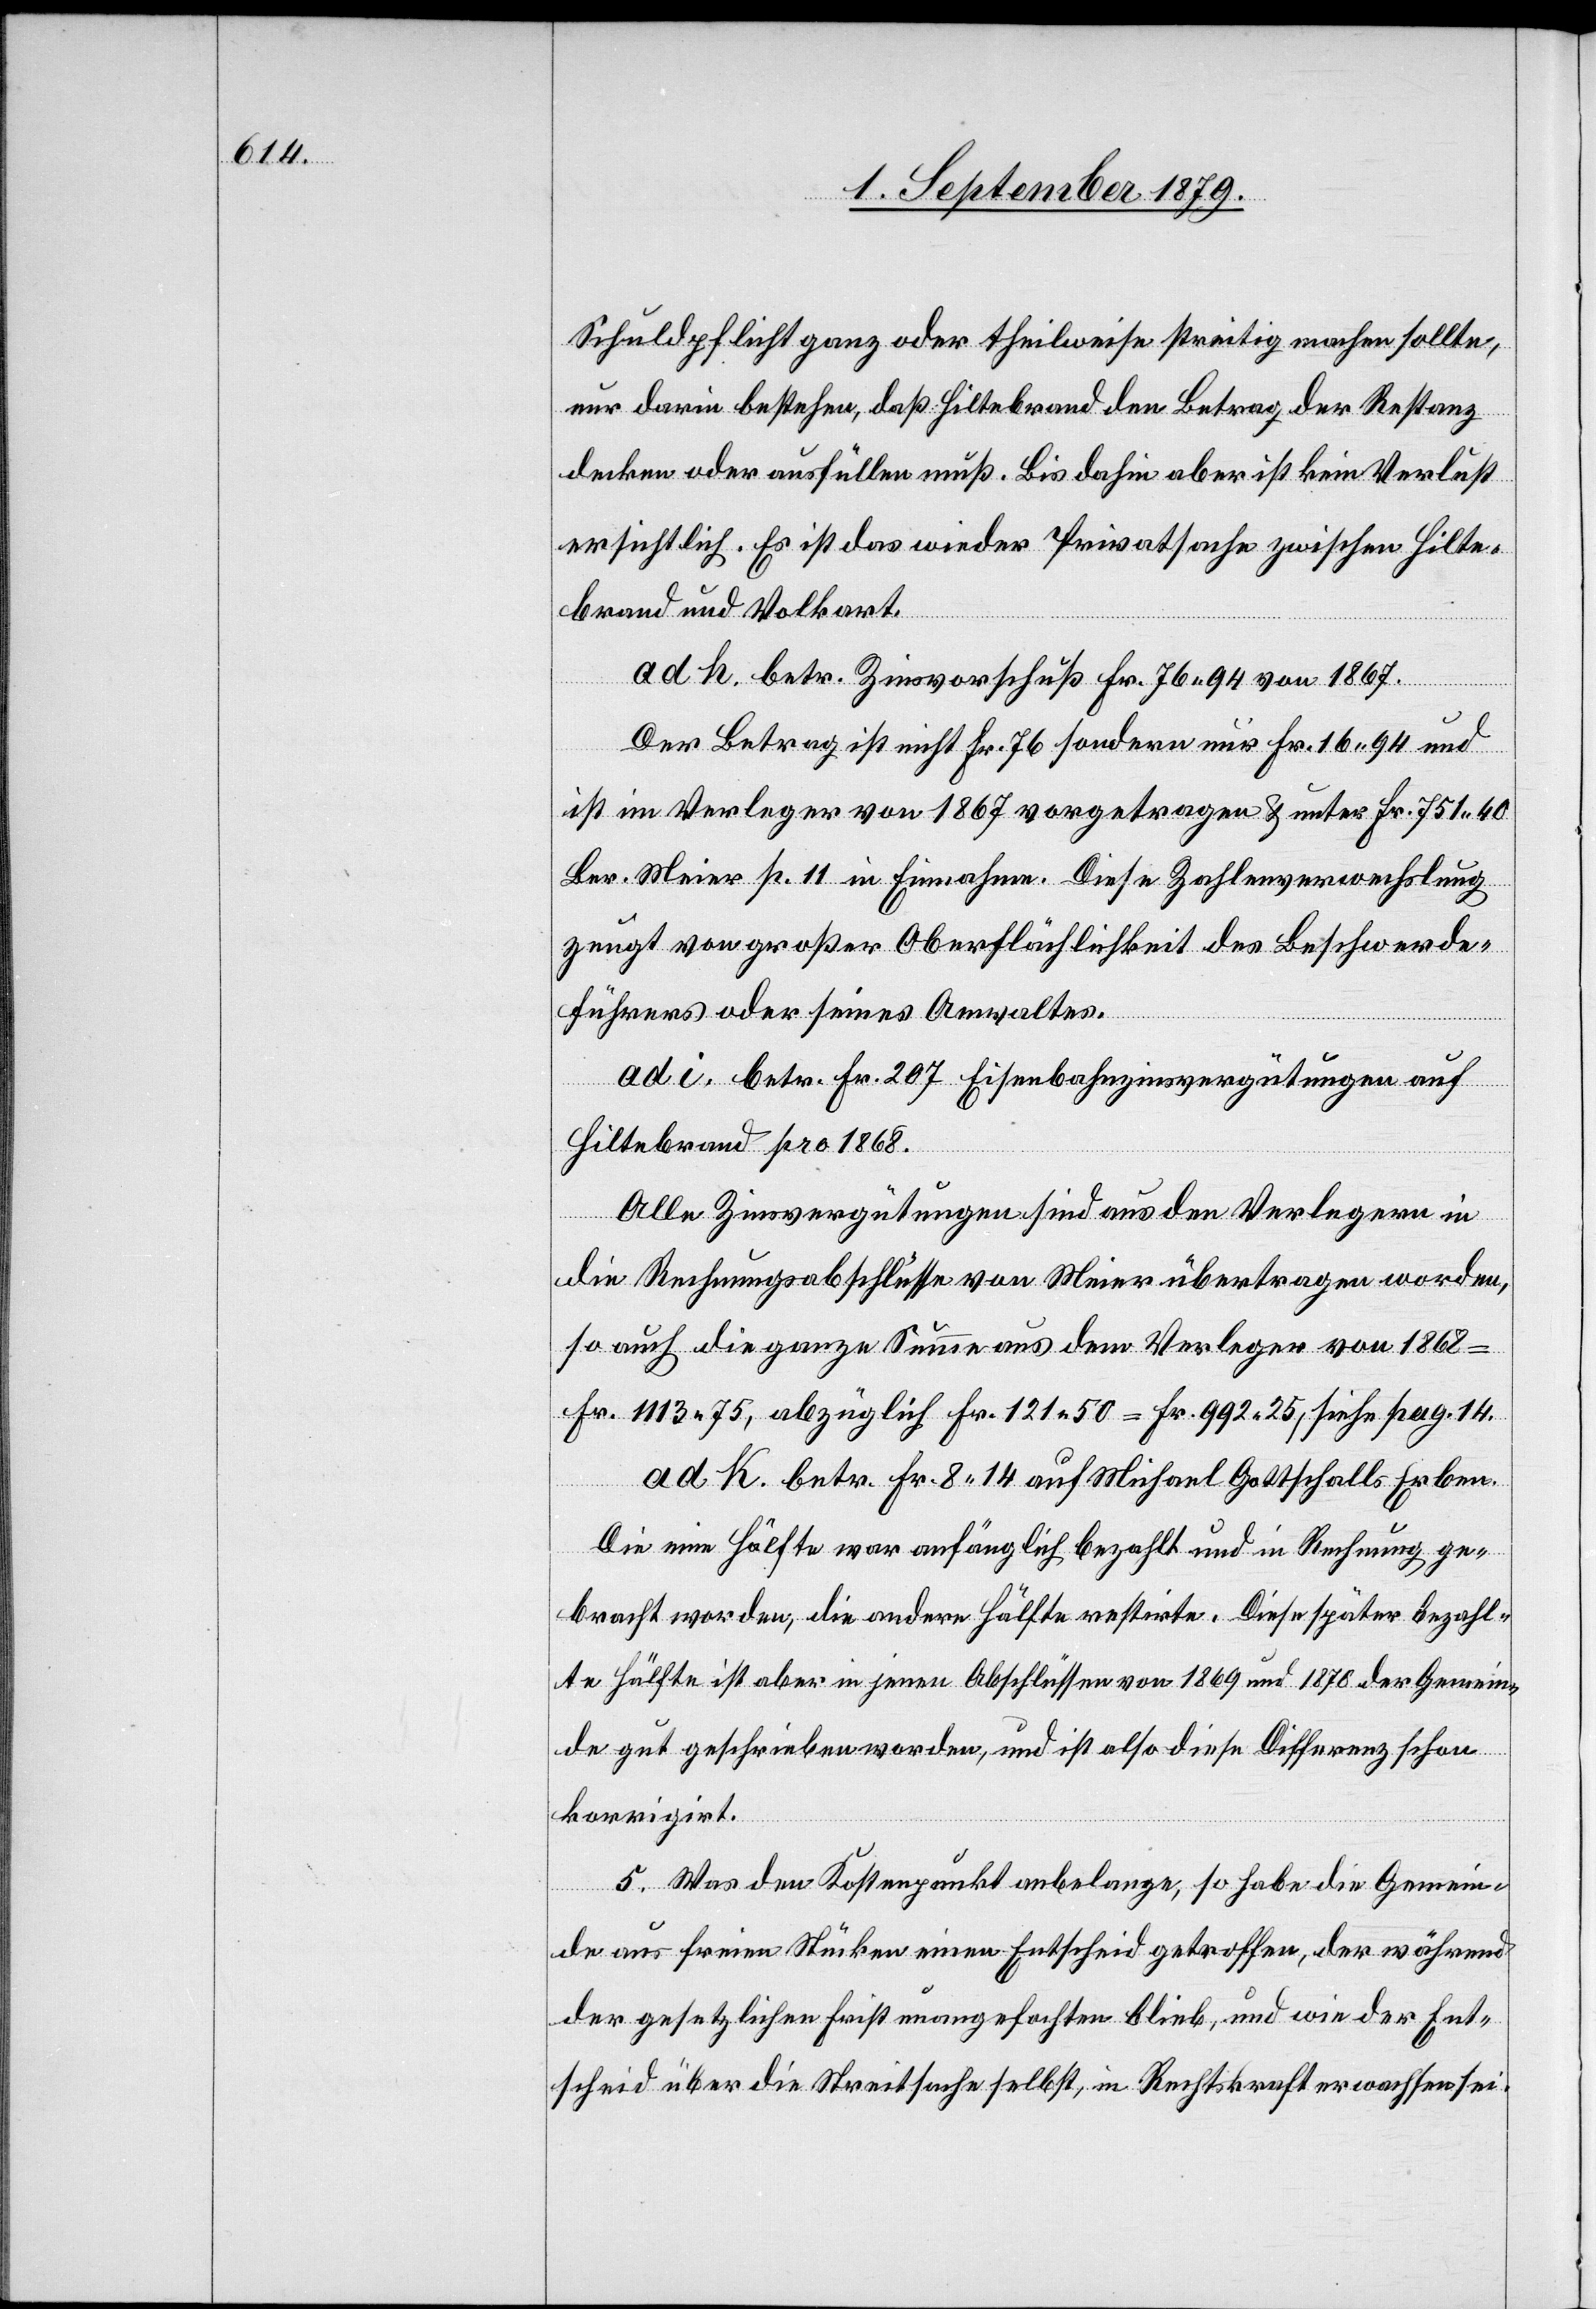
Schuldpflicht ganz oder theilweise streitig machen sollte,
nur darin bestehen, daß Hiltebrand den Betrag der Restanz
decken oder ausfüllen muß. Bis dahin aber ist kein Verlust
ersichtlich. Es ist das wieder Privatsache zwischen Hilte¬
brand und Volkart.
ad h. betr. Zinsvorschuß Fr. 76 94 von 1867.
Der Betrag ist nicht Fr. 76 sondern nur Fr. 16 94 und
ist im Verleger von 1867 vorgetragen & unter Fr. 751 40
Ber. Meier p. 11 in Einnahme. Diese Zahlenverwechslung
zeugt von großer Oberflächlichkeit des Beschwerde¬
führers oder seines Anwaltes.
ad. i betr. Fr. 207 Eisenbahnzinsvergütungen auf
Hiltebrand pro 1868.
Alle Zinsvergütungen sind aus den Verlegern in
die Rechnungsabschlüsse von Meier übertragen worden,
so auch die ganze Summe aus dem Verleger von 1868
Fr. 1113 75, abzüglich Fr. 121 50 = Fr. 922 25, siehe pag. 14.
ad. k. betr. Fr. 8 14 auf Michael Gottschalls Erben.
Die Eine Hälfte war anfänglich bezahlt und in Rechnung ge¬
bracht worden, die andere Hälfte restirte. Diese später bezahl¬
te Hälfte ist daher in jenen Abschlüssen von 1869 und 1870 der Gemein¬
de gut geschrieben worden, und ist also diese Differenz schon
korrigirt.
5. Was den Kostenpunkt anbelange, so habe die Gemein¬
de aus freien Stücken einen Entscheid getroffen, der während
der gesetzlichen Frist unangefochten blieb, und wie der Ent¬
scheid über die Streitsache selbst, in Rechtskraft erwachsen sei.